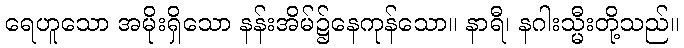
ရေဟူသော အမိုးရှိသော နန်းအိမ်၌နေကုန်သော။ နာရီ၊ နဂါးသ္မီးတို့သည်။